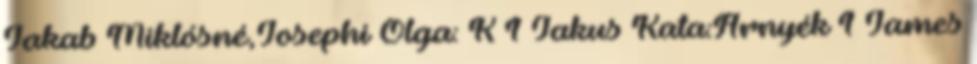
Jakab Miklósné,Josephi Olga: K 1 Jakus Kata:Árnyék 1 James